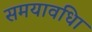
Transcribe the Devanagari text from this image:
समयावधिा